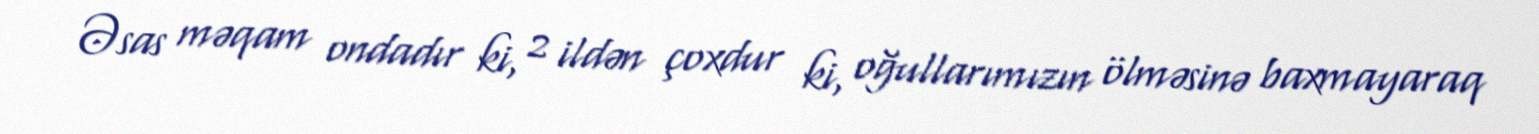
Əsas məqam ondadır ki, 2 ildən çoxdur ki, oğullarımızın ölməsinə baxmayaraq